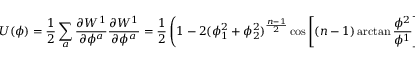
U ( \phi ) = \frac { 1 } { 2 } \sum _ { a } \frac { \partial W ^ { 1 } } { \partial \phi ^ { a } } \frac { \partial W ^ { 1 } } { \partial \phi ^ { a } } = \frac { 1 } { 2 } \left( 1 - 2 ( \phi _ { 1 } ^ { 2 } + \phi _ { 2 } ^ { 2 } ) ^ { \frac { n - 1 } { 2 } } \cos \left[ ( n - 1 ) \arctan \frac { \phi ^ { 2 } } { \phi ^ { 1 } } \right] + ( \phi _ { 1 } ^ { 2 } + \phi _ { 2 } ^ { 2 } ) ^ { n - 1 } \right)